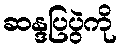
ဆန္ဒပြပွဲကို